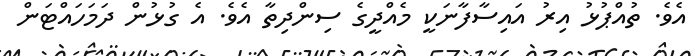
އެވެ. ތުއްޕުޅު އިރު އައިސާފާނަކީ މެއްދީގެ ސިންދިތާ އެވެ. އެ ގުޅުން ދަމަހައްޓަން